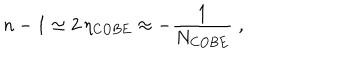
n - 1 \simeq 2 \, \eta _ { \mathrm { C O B E } } \approx - \frac { 1 } { N _ { \mathrm { C O B E } } } \; ,